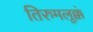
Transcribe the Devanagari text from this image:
तिरुमलूक्कं